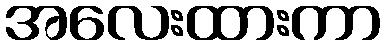
အလေးထားကာ